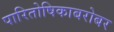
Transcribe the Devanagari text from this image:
पारितोषिकाबरोबर